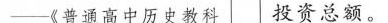
——《普通高中历史教科 投资总额